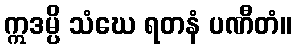
ဣဒမ္ပိ သံဃေ ရတနံ ပဏီတံ။